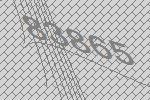
83865